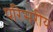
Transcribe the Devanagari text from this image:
परिसरीय